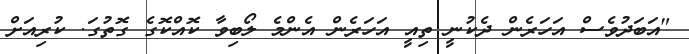
"އަބަދުވެސް އަހަރެން ދެކުނީ ތިއީ އަހަރެން އެންމެ ލޯބިވާ ކޮއްކޮގެ ގޮތުގަ. ކުރިއަށް